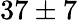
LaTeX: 37\pm 7